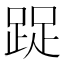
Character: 踀